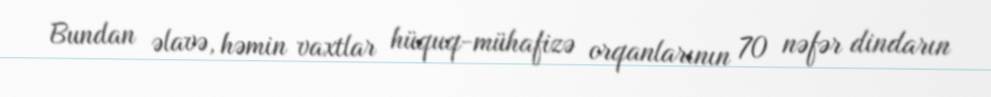
Bundan əlavə, həmin vaxtlar hüquq-mühafizə orqanlarının 70 nəfər dindarın